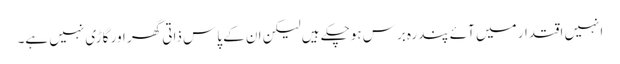
انہیں اقتدار میں آئے پندرہ برس ہوچکے ہیں لیکن ان کے پاس ذاتی گھر اور گاڑی نہیں ہے۔